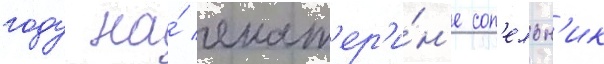
году на́ екат'ер'и́н'е соп'ельн'ик